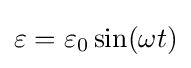
\varepsilon =\varepsilon _{0}\sin(\omega t)